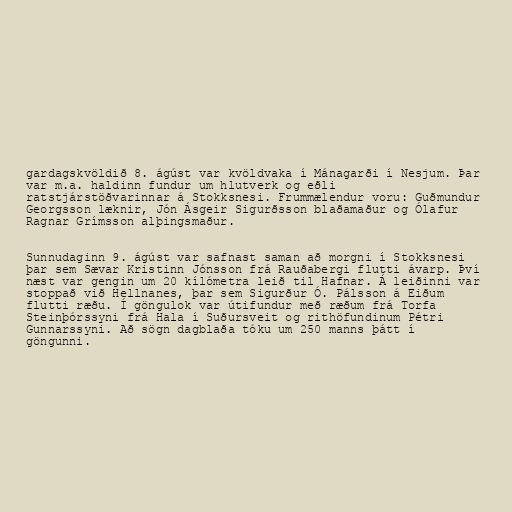
gardagskvöldið 8. ágúst var kvöldvaka í Mánagarði í Nesjum. Þar
var m.a. haldinn fundur um hlutverk og eðli
ratstjárstöðvarinnar á Stokksnesi. Frummælendur voru: Guðmundur
Georgsson læknir, Jón Ásgeir Sigurðsson blaðamaður og Ólafur
Ragnar Grímsson alþingsmaður.

Sunnudaginn 9. ágúst var safnast saman að morgni í Stokksnesi
þar sem Sævar Kristinn Jónsson frá Rauðabergi flutti ávarp. Því
næst var gengin um 20 kílómetra leið til Hafnar. Á leiðinni var
stoppað við Hellnanes, þar sem Sigurður Ó. Pálsson á Eiðum
flutti ræðu. Í göngulok var útifundur með ræðum frá Torfa
Steinþórssyni frá Hala í Suðursveit og rithöfundinum Pétri
Gunnarssyni. Að sögn dagblaða tóku um 250 manns þátt í
göngunni.